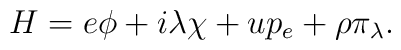
H=e\phi+i\lambda\chi+up_e+\rho\pi_\lambda.